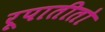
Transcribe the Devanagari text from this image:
रूपातीतो